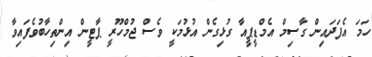
ހަމަ އެފަދައިން ގާސިމް އެމްޑީޕީއާ ގުޅިގެން އުޅުމަކީ ވެސް ޖުމްހޫރީ ޕާޓީން އިންތިހާބުވެފައިވާ